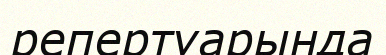
репертуарында